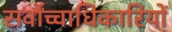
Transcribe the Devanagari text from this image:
सर्वोच्चाधिकारियों